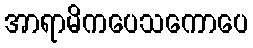
အာရာမိကပေသကောပေ